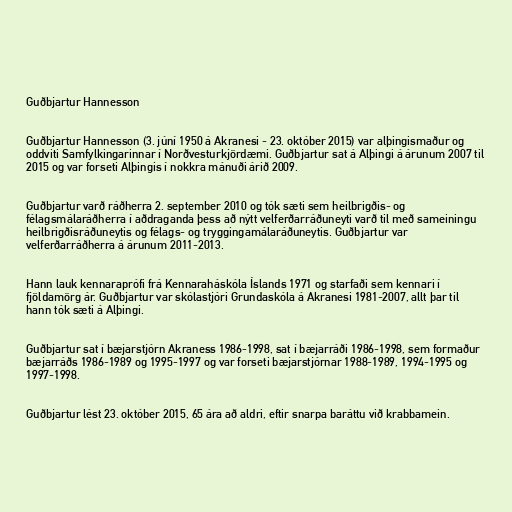
Guðbjartur Hannesson

Guðbjartur Hannesson (3. júní 1950 á Akranesi - 23. október 2015) var alþingismaður og
oddviti Samfylkingarinnar í Norðvesturkjördæmi. Guðbjartur sat á Alþingi á árunum 2007 til
2015 og var forseti Alþingis í nokkra mánuði árið 2009.

Guðbjartur varð ráðherra 2. september 2010 og tók sæti sem heilbrigðis- og
félagsmálaráðherra í aðdraganda þess að nýtt velferðarráðuneyti varð til með sameiningu
heilbrigðisráðuneytis og félags- og tryggingamálaráðuneytis. Guðbjartur var
velferðarráðherra á árunum 2011-2013.

Hann lauk kennaraprófi frá Kennaraháskóla Íslands 1971 og starfaði sem kennari í
fjöldamörg ár. Guðbjartur var skólastjóri Grundaskóla á Akranesi 1981-2007, allt þar til
hann tók sæti á Alþingi.

Guðbjartur sat í bæjarstjórn Akraness 1986-1998, sat í bæjarráði 1986-1998, sem formaður
bæjarráðs 1986-1989 og 1995-1997 og var forseti bæjarstjórnar 1988-1989, 1994-1995 og
1997-1998.

Guðbjartur lést 23. október 2015, 65 ára að aldri, eftir snarpa baráttu við krabbamein.